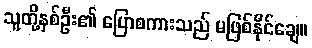
သူတို့နှစ်ဦး၏ ပြောစကားသည် မဖြစ်နိုင်ချေ။